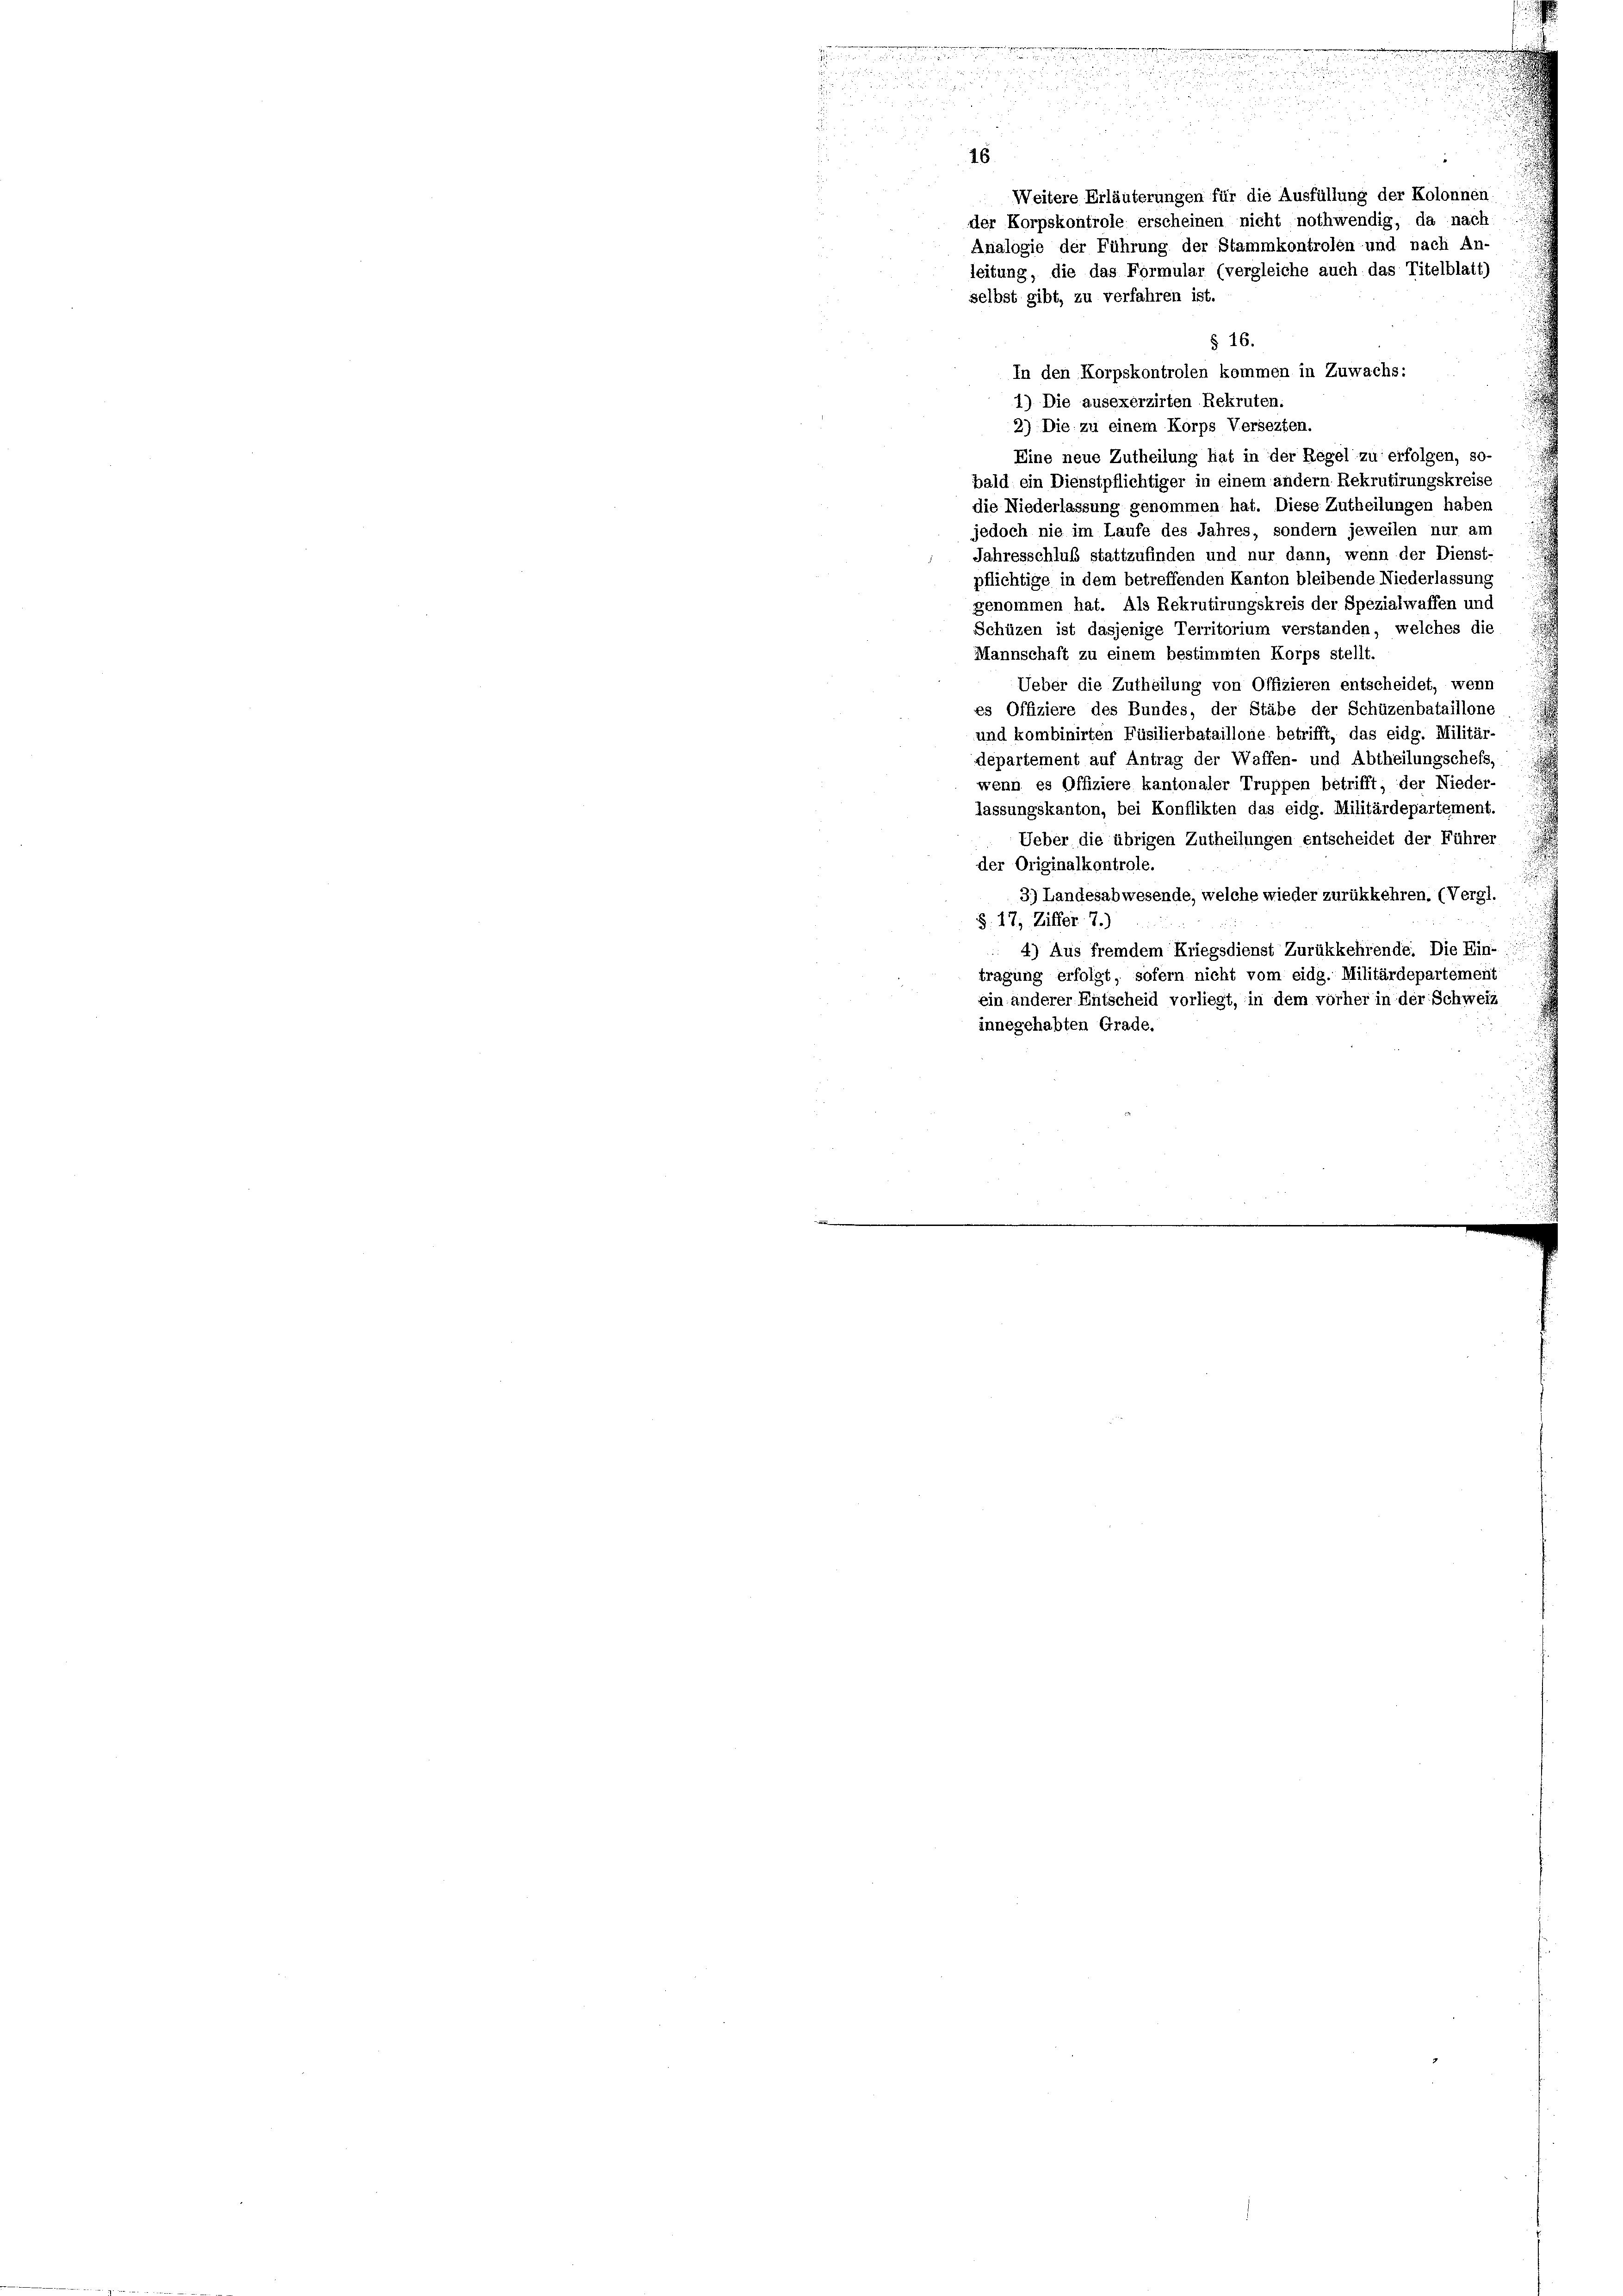
n

a
.

a
16
Weitere Erläuterungen für die Ausfüllung der Kolonnen.
der Korpskontrole erscheinen nicht nothwendig, da nach
Analogie der Führung der Stammkontrolen und nach An-
leitung, die das Formular (vergleiche auch das Titelblatt)
selbst gibt, zu verfahren ist.

i
§ 16.
In den Korpskontrolen kommen in Zuwachs:
1) Die ausexerzirten Rekruten.
2) Die zu einem Korps Versezten.
Eine neue Zutheilung hat in der Regel zu erfolgen, so
bald ein Dienstpflichtiger in einem andern Rekrutirungskreise
die Niederlassung genommen hat. Diese Zutheilungen haben
jedoch nie im Laufe des Jahres, sondern jeweilen nur am
Jahresschluß stattzufinden und nur dann, wenn der Dienst-
pflichtige in dem betreffenden Kanton bleibende Niederlassung
genommen hat. Als Rekrutirungskreis der Spezialwaffen und
Schüzen ist dasjenige Territorium verstanden, welches die
Mannschaft zu einem bestimmten Korps stellt.
Ueber die Zutheilung von Offizieren entscheidet, wenn
es Offiziere des Bundes, der Stäbe der Schüzenbataillone
und kombinirten Füsilierbataillone betrifft, das eidg. Militär-
departement auf Antrag der Waffen- und Abtheilungschefs,
wenn es Offiziere kantonaler Truppen betrifft, der Nieder-
lassungskanton, bei Konflikten das eidg. Militärdepartement.
Ueber die übrigen Zutheilungen entscheidet der Führer
der Originalkontrole.
3) Landesabwesende, welche wieder zurükkehren. (Vergl.
§. 17, Ziffer 7.)
4) Aus fremdem Kriegsdienst Zurükkehrende: Die Ein-
tragung erfolgt, sofern nicht vom eidg. Militärdepartement
ein anderer Entscheid vorliegt, in dem vorher in der Schweiz
innegehabten Grade.